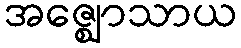
အဇ္ဈောသာယ